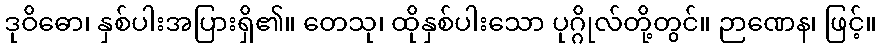
ဒုဝိဓော၊ နှစ်ပါးအပြားရှိ၏။ တေသု၊ ထိုနှစ်ပါးသော ပုဂ္ဂိုလ်တို့တွင်။ ဉာဏေန၊ ဖြင့်။